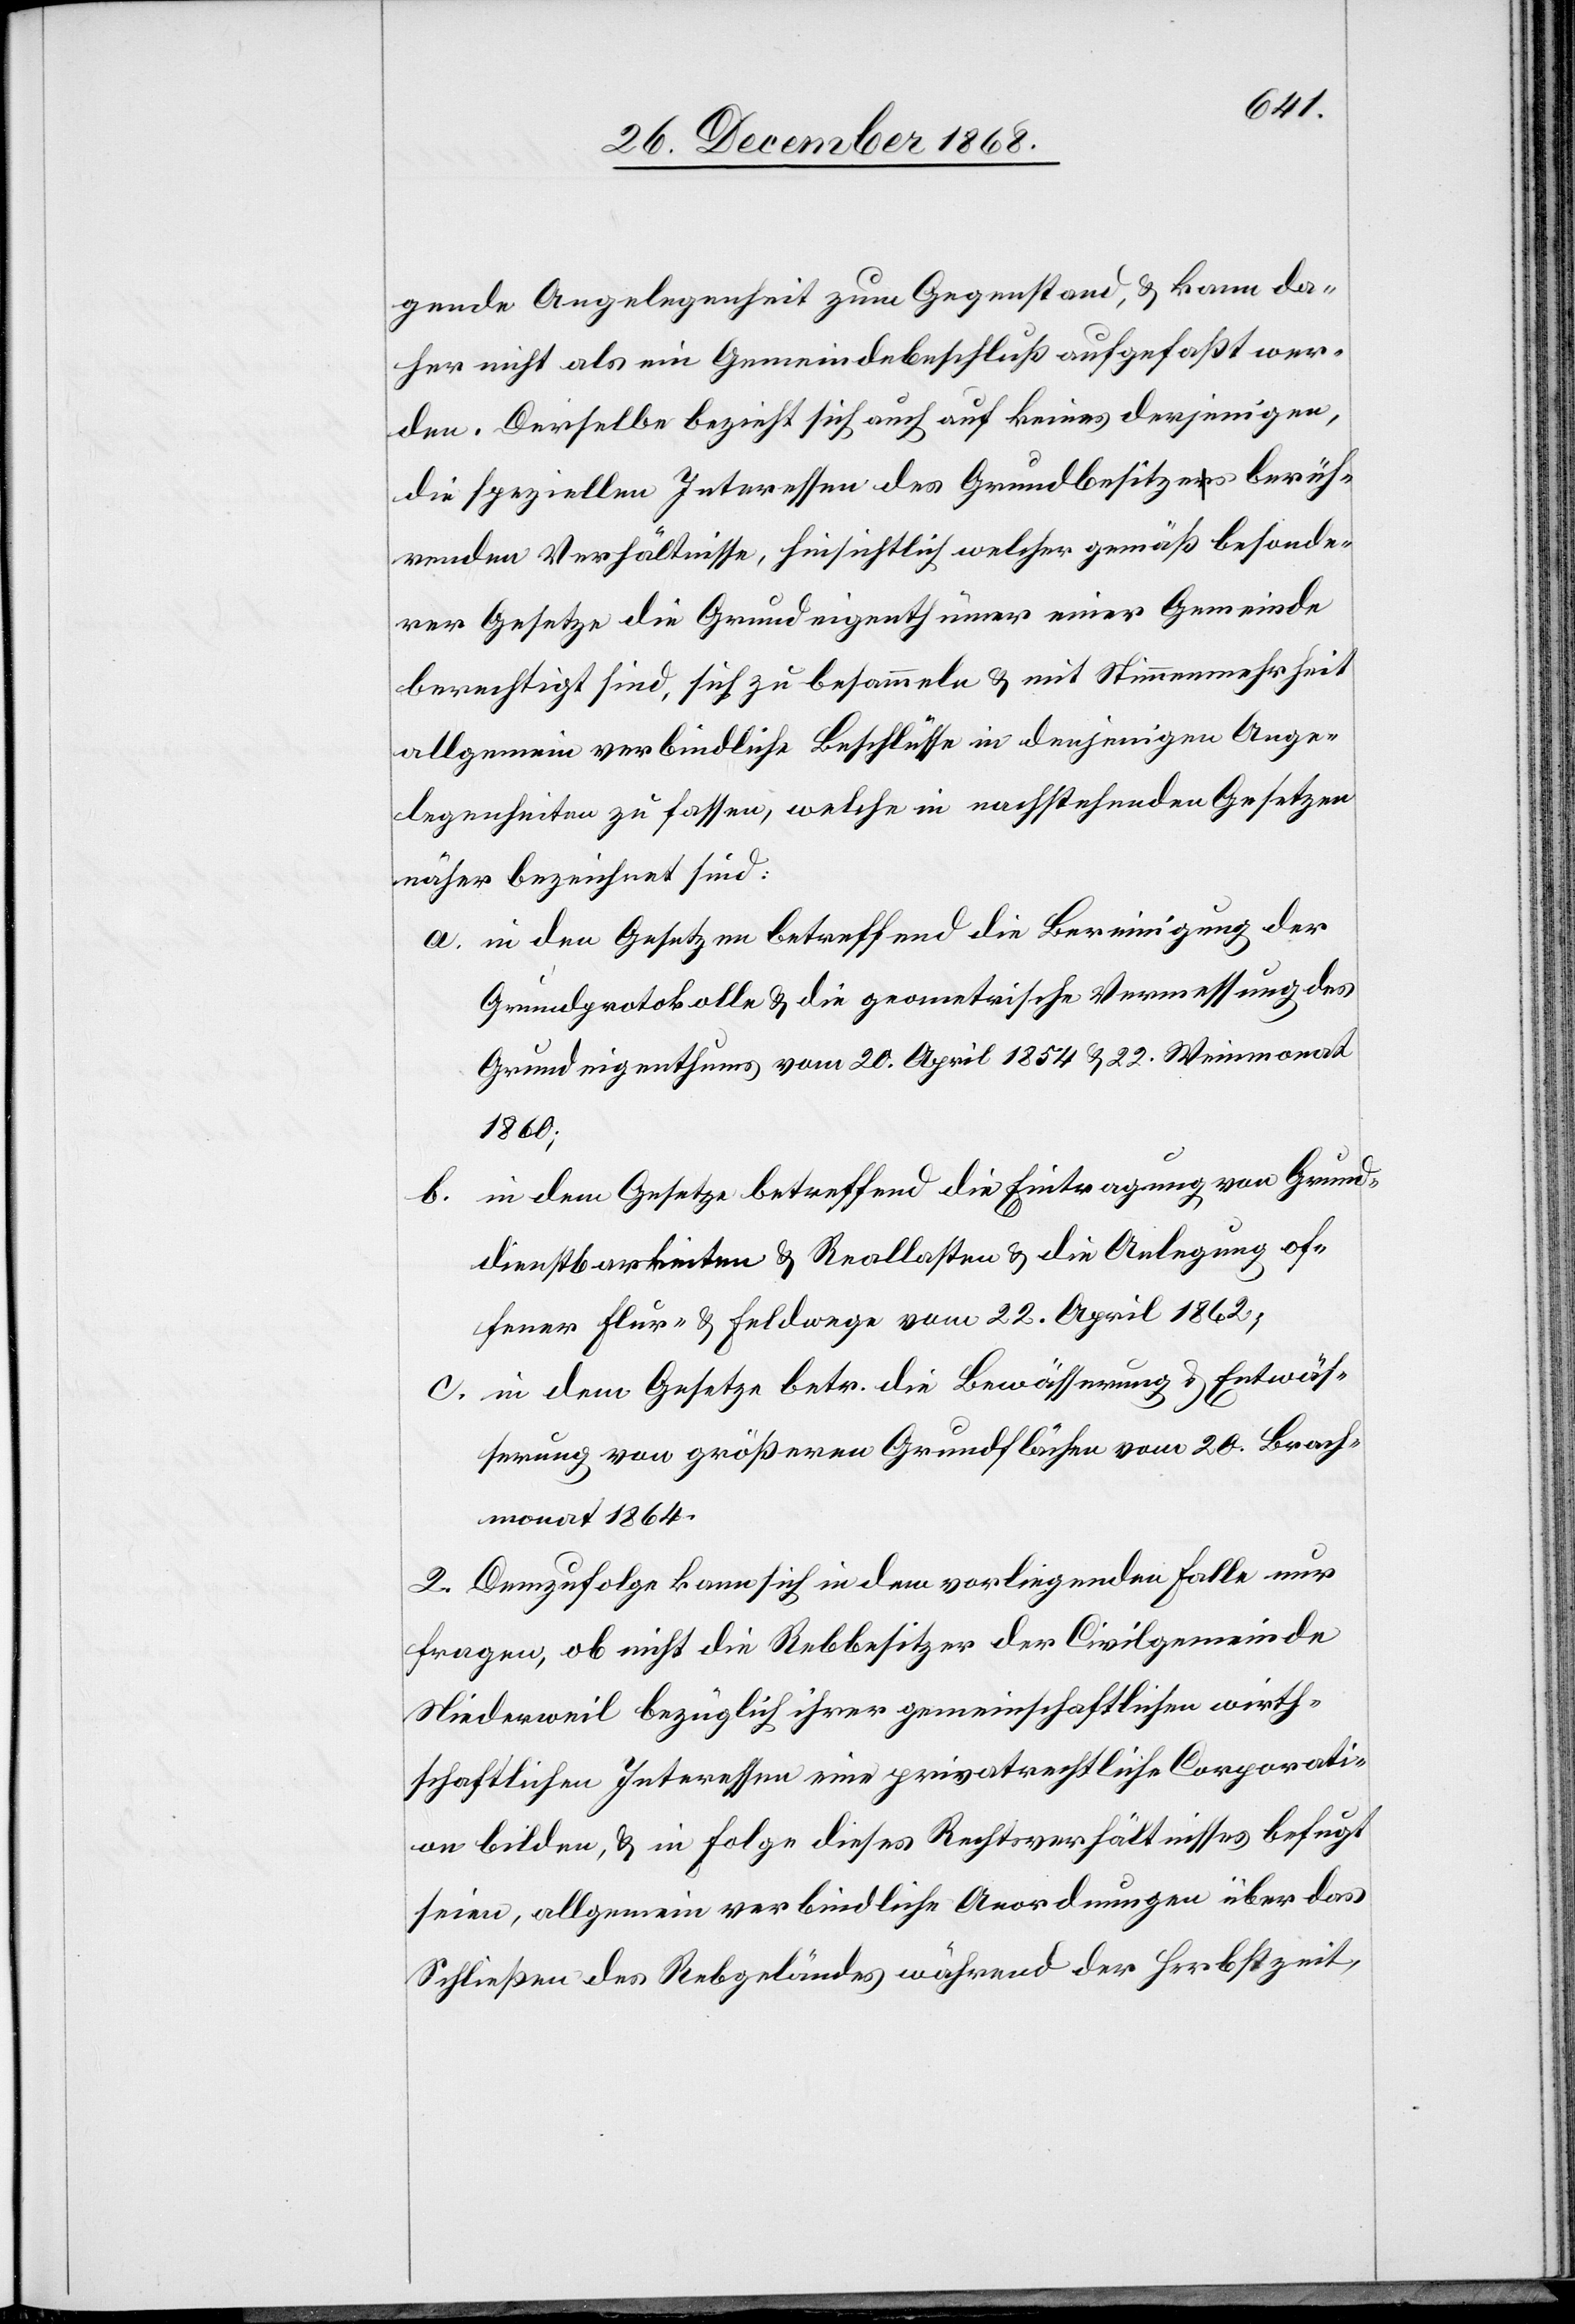
gende Angelegenheit zum Gegenstand, & kann da¬
her nicht als ein Gemeindebeschluß aufgefaßt wer¬
den. Derselbe bezieht sich auch auf keines derjenigen,
die speziellen Interessen des Grundbesitzes berüh¬
renden Verhältnisse, hinsichtlich welcher gemäß besonde¬
rer Gesetze die Grundeigenthümer einer Gemeinde
berechtigt sind, sich zu besammeln & mit Stimmenmehrheit
allgemein verbindliche Beschlüsse in denjenigen Ange¬
legenheiten zu fassen, welche in nachstehenden Gesetzen
näher bezeichnet sind:
in den Gesetzen betreffend die Bereinigung der
Grundprotokolle & die geometrische Vermessung des
Grundeigenthums vom 20. April 1854 & 22. Weinmonat
1860;
in dem Gesetze betreffend die Eintragung von Grund¬
dienstbarkeiten & Reallasten & die Anlegung of¬
fener Flur- & Feldwege vom 22. April 1862;
in dem Gesetze betr. die Bewässerung & Entwäs¬
serung von größeren Grundflächen vom 20. Brach¬
monat 1864.
2. Demzufolge kann sich in dem vorliegenden Falle nur
fragen, ob nicht die Rebbesitzer der Civilgemeinde
Niederweil bezüglich ihrer gemeinschaftlichen wirth¬
schaftlichen Interessen eine privatrechtliche Corporati¬
on bilden, & in Folge dieses Rechtsverhältnisses befugt
seien, allgemein verbindliche Anordnungen über das
Schließen des Rebgeländes während der Herbstzeit,